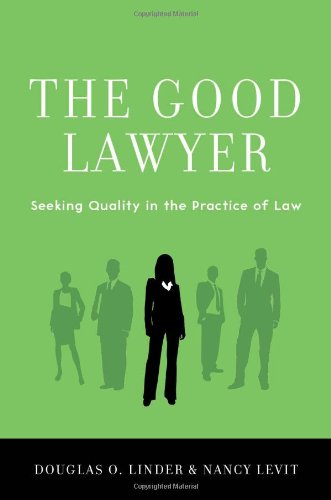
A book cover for The Good Lawyer: Seeking Quality in the Practice of Law; Douglas O. Linder; Law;